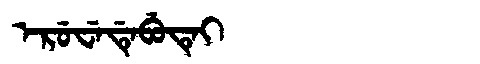
Manchu: ᡝᡵᡠᠸᡝᡩᡝᠪᡠᡨᡝᡳ
Romanization: ERUWEDEBUTEI